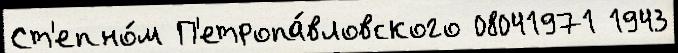
Ст'епно́м П'етропа́вловского 08041971 1943